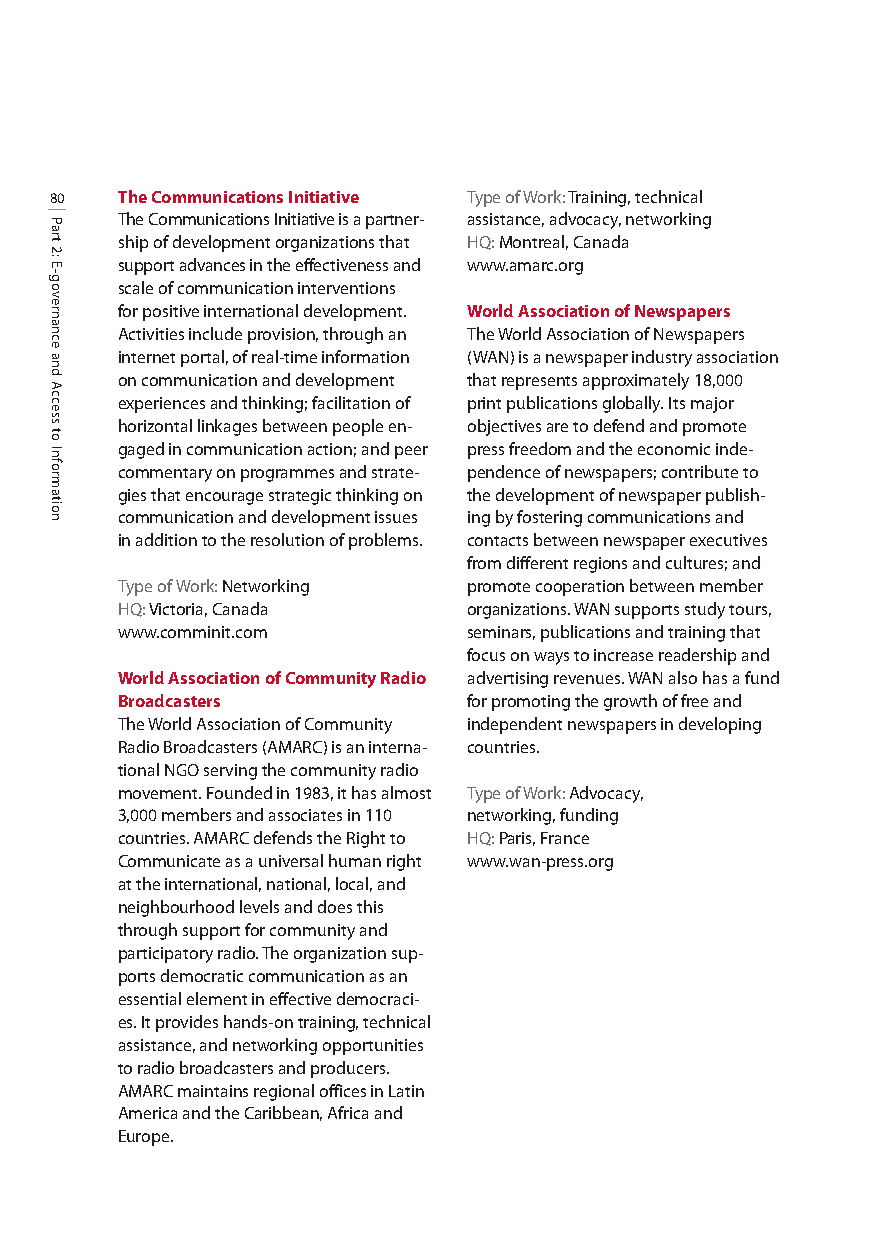
80   The Communications Initiative Type of Work: Training, technical
 The Communications Initiative is a partner- assistance, advocacy, networking
 ship of development organizations that HQ:Montreal, Canada
 support advances in the effectiveness and www.amarc.org
 scale of communication interventions
 for positive international development. World Association of Newspapers
 Activities include provision, through an The World Association of Newspapers
 internet portal, of real-time information (WAN) is a newspaper industry association
 on communication and development that represents approximately 18,000
 experiences and thinking; facilitation of print publications globally. Its major
 horizontal linkages between people en- objectives are to defend and promote
 gaged in communication action; and peer press freedom and the economic inde-
 commentary on programmes and strate- pendence of newspapers; contribute to
 gies that encourage strategic thinking on the development of newspaper publish-
 communication and development issues ing by fostering communications and
 in addition to the resolution of problems. contacts between newspaper executives
 from different regions and cultures; and
 Type of Work: Networking promote cooperation between member
 HQ:Victoria, Canada    organizations. WAN supports study tours,
 www.comminit.com       seminars, publications and training that
 focus on ways to increase readership and
 World Association of Community Radio advertising revenues. WAN also has a fund
 Broadcasters           for promoting the growth of free and
 The World Association of Community independent newspapers in developing
 Radio Broadcasters (AMARC) is an interna- countries.
 tional NGO serving the community radio
 movement. Founded in 1983, it has almost Type of Work: Advocacy,
 3,000 members and associates in 110 networking, funding
 countries. AMARC defends the Right to HQ:Paris, France
 Communicate as a universal human right www.wan-press.org
 at the international, national, local, and
 neighbourhood levels and does this
 through support for community and
 participatory radio. The organization sup-
 ports democratic communication as an
 essential element in effective democraci-
 es. It provides hands-on training, technical
 assistance, and networking opportunities
 to radio broadcasters and producers.
 AMARC maintains regional offices in Latin
 America and the Caribbean, Africa and
 Europe.
 Part
 2:
 E-governance
 and
 Access
 to
 Information